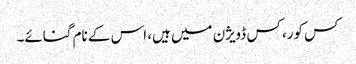
کس کور، کس ڈویژن میں ہیں، اس کے نام گنائے۔